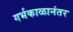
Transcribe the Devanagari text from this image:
गर्भकाळानंतर